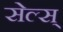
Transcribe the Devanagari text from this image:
सेल्स्